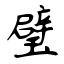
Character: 璧